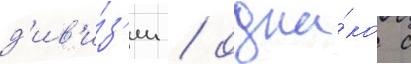
д'ив'и́з'ии / одна́ко с